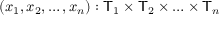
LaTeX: ( x _ { 1 } , x _ { 2 } , \ldots , x _ { n } ) : { \mathsf { T } } _ { 1 } \times { \mathsf { T } } _ { 2 } \times \ldots \times { \mathsf { T } } _ { n }